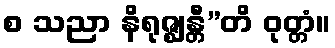
စ သညာ နိရုဇ္ဈန္တီ”တိ ဝုတ္တံ။